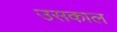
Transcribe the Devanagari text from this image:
उसकाल